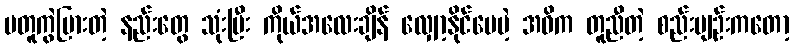
မတူကွဲပြားတဲ့ နည်းတွေ သုံးပြီး ကိုယ်အလေးချိန် လျှော့နိုင်ပေမဲ့ အဓိက တူညီတဲ့ စည်းမျဉ်းကတော့